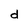
Character: d